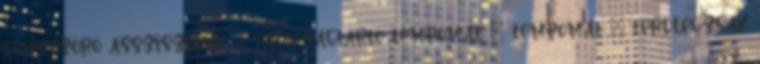
fényszóró asszisztens – távolságtartó tempomat – tempomat – térdlégzsák